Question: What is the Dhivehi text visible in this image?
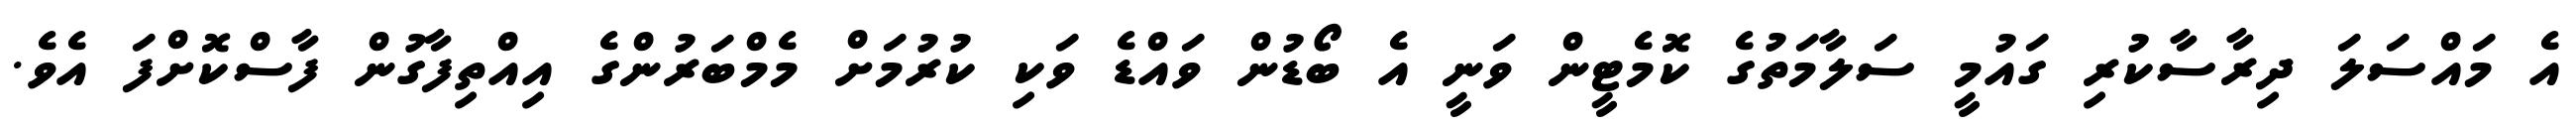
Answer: އެ މައްސަލަ ދިރާސާކުރި ގައުމީ ސަލާމަތުގެ ކޮމެޓީން ވަނީ އެ ބޯޑުން ވައްޑެ ވަކި ކުރުމަށް މެމްބަރުންގެ އިއްތިފާގުން ފާސްކޮށްފަ އެވެ.